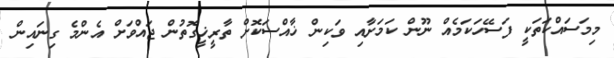
މިމަސައްކަތަކީ ފަސޭހަކަމެއް ނޫން ކަމަށާއި ވަކިން ޚާއްސަކޮށް ތާރީޚީގޮތުން ޖައްވަށް އެންމެ ގިނައިން